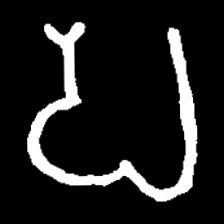
Pyu character \u2014 Myanmar letter: ပ (romanized: pa)